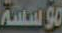
مؤسسة